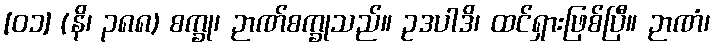
[၀၁] (နိ၊ ၃၈၈) စက္ခု၊ ဉာဏ်စက္ခုသည်။ ဥဒပါဒိ၊ ထင်ရှားဖြစ်ပြီ။ ဉာဏံ၊